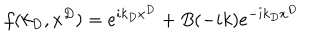
LaTeX: f ( k _ { D } , x ^ { D } ) = e ^ { i k _ { D } x ^ { D } } + B ( - i k ) e ^ { - i k _ { D } x ^ { D } }